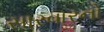
સારવારનો